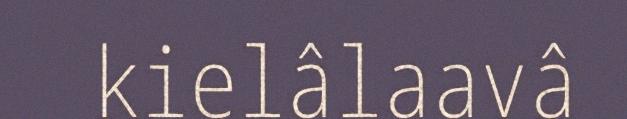
kielâlaavâ